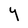
Character: Y